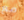
مع